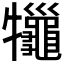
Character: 𤜓